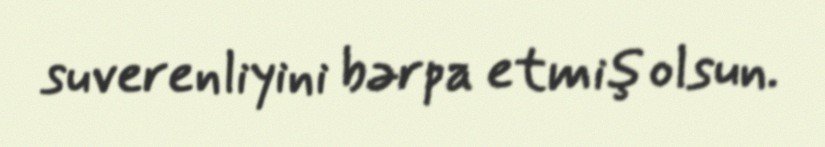
suverenliyini bərpa etmiş olsun.